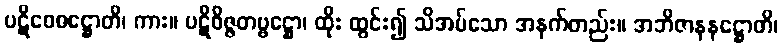
ပဋိဝေဓဋ္ဌောတိ၊ ကား။ ပဋိဝိဇ္ဇတဗ္ဗဋ္ဌော၊ ထိုး ထွင်း၍ သိအပ်သော အနက်တည်း။ အဘိဇာနနဋ္ဌောတိ၊